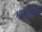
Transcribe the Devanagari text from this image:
भातशेतीत